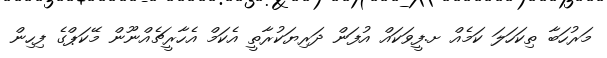
މަރުހަބާ ތިކަހަލަ ކަމެއް ށ.ފީވަކައް އުފަން ދަރިޔަކުރާތީ އެކަމް އެހާރީޗެއްނޫން މޭކަޕްގެ ފިހިން